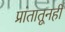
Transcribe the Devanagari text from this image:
प्रांतातूनही